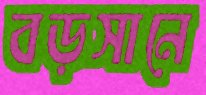
বড়সানে